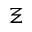
\Xi